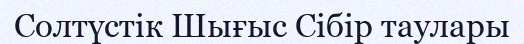
Солтүстік Шығыс Сібір таулары